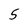
Character: 5